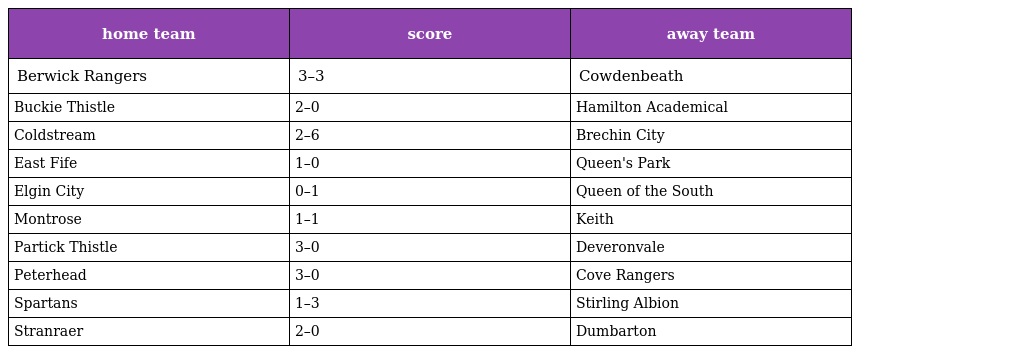
| home team | score | away team |
 | --- | --- | --- |
 | Berwick Rangers | 3–3 | Cowdenbeath |
 | Buckie Thistle | 2–0 | Hamilton Academical |
 | Coldstream | 2–6 | Brechin City |
 | East Fife | 1–0 | Queen's Park |
 | Elgin City | 0–1 | Queen of the South |
 | Montrose | 1–1 | Keith |
 | Partick Thistle | 3–0 | Deveronvale |
 | Peterhead | 3–0 | Cove Rangers |
 | Spartans | 1–3 | Stirling Albion |
 | Stranraer | 2–0 | Dumbarton |